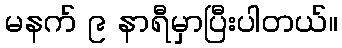
မနက် ၉ နာရီမှာပြီးပါတယ်။